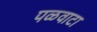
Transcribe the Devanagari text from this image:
पळवाटा